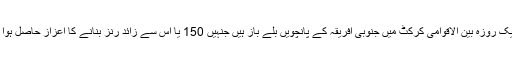
وہ ایک روزہ بین الاقوامی کرکٹ میں جنوبی افریقہ کے پانچویں بلے باز ہیں جنہیں 150 یا اس سے زائد رنز بنانے کا اعزاز حاصل ہوا ہے۔